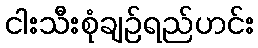
ငါးသီးစုံချဉ်ရည်ဟင်း